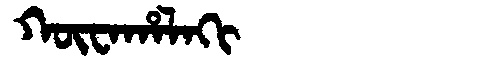
Manchu: ᡴᡡᠸᠠᡥᠠᠯᠠᡴᡳ
Romanization: KŪWAHALAKI